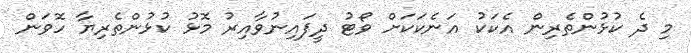
މި ދެ ކުޅުންތެރިން އެކަކު އަނެކަކަށް ވޯޓު ދީފައިނުވާއިރު މޮޅު ކުޅުންތެރިޔާ ހޮވަން